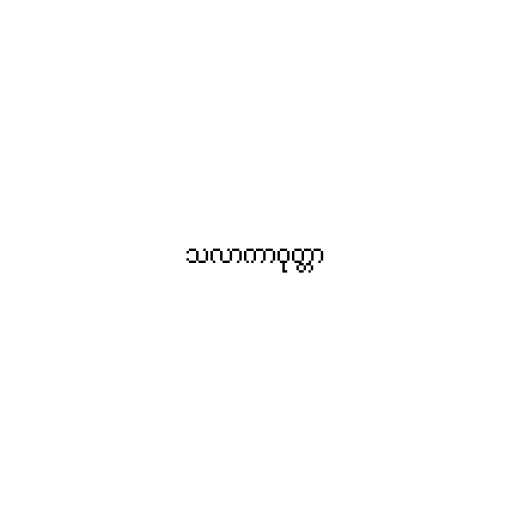
သလာကာဝုတ္တာ